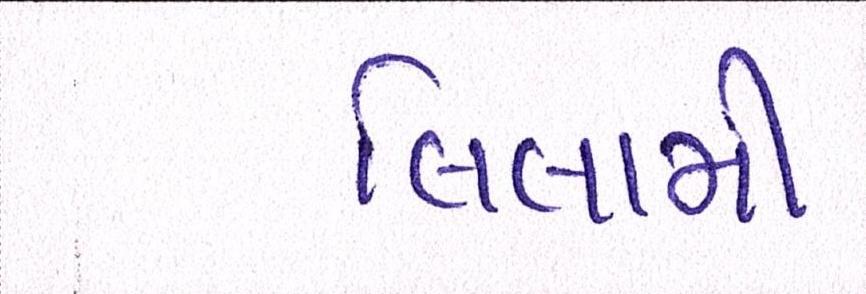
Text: લિલામી